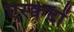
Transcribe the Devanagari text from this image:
एस्क्वेदों